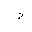
Letter: _dal